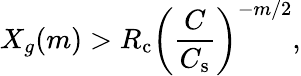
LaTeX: X_{g}(m)>R_{\mathrm{c}}\left(\frac{C}{C_{\mathrm{s}}}\right)^{-m/2},